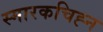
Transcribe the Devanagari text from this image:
स्मारकचिह्न